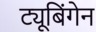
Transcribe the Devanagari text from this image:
ट्यूबिंगेन